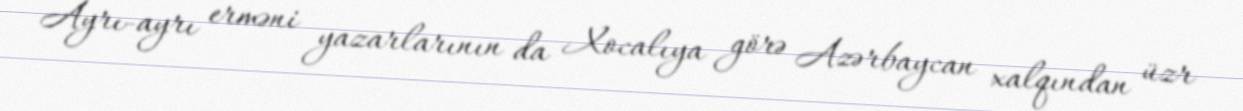
Ayrı-ayrı erməni yazarlarının da Xocalıya görə Azərbaycan xalqından üzr